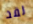
لقد